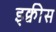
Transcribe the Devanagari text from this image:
इक्वीस